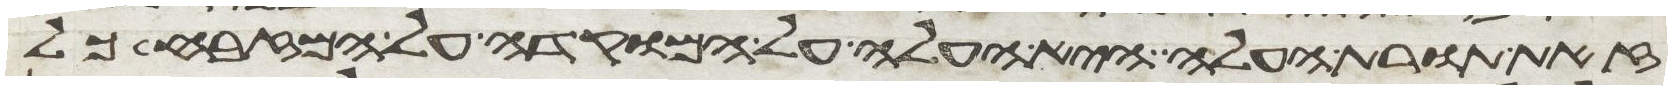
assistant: זאת תורת העלה היא העלה על המוקדה על המזבח כל